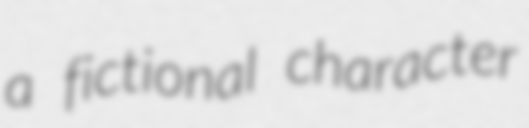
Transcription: a fictional character